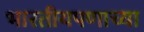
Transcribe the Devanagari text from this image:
भारतीयपणाच्या